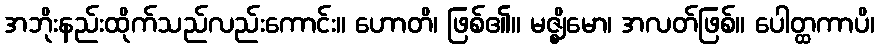
အဘိုးနည်းထိုက်သည်လည်းကောင်း။ ဟောတိ၊ ဖြစ်၏။ မဇ္ဈိမော၊ အလတ်ဖြစ်။ ပေါတ္ထကာပိ၊